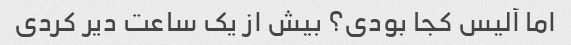
اما آلیس کجا بودی؟ بیش از یک ساعت دیر کردی